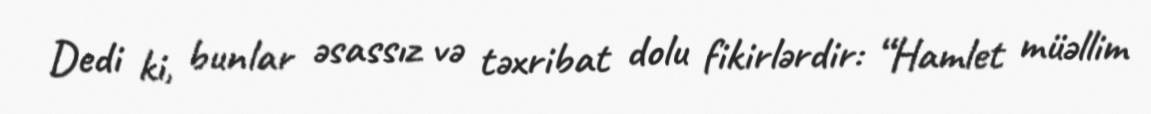
Dedi ki, bunlar əsassız və təxribat dolu fikirlərdir: “Hamlet müəllim